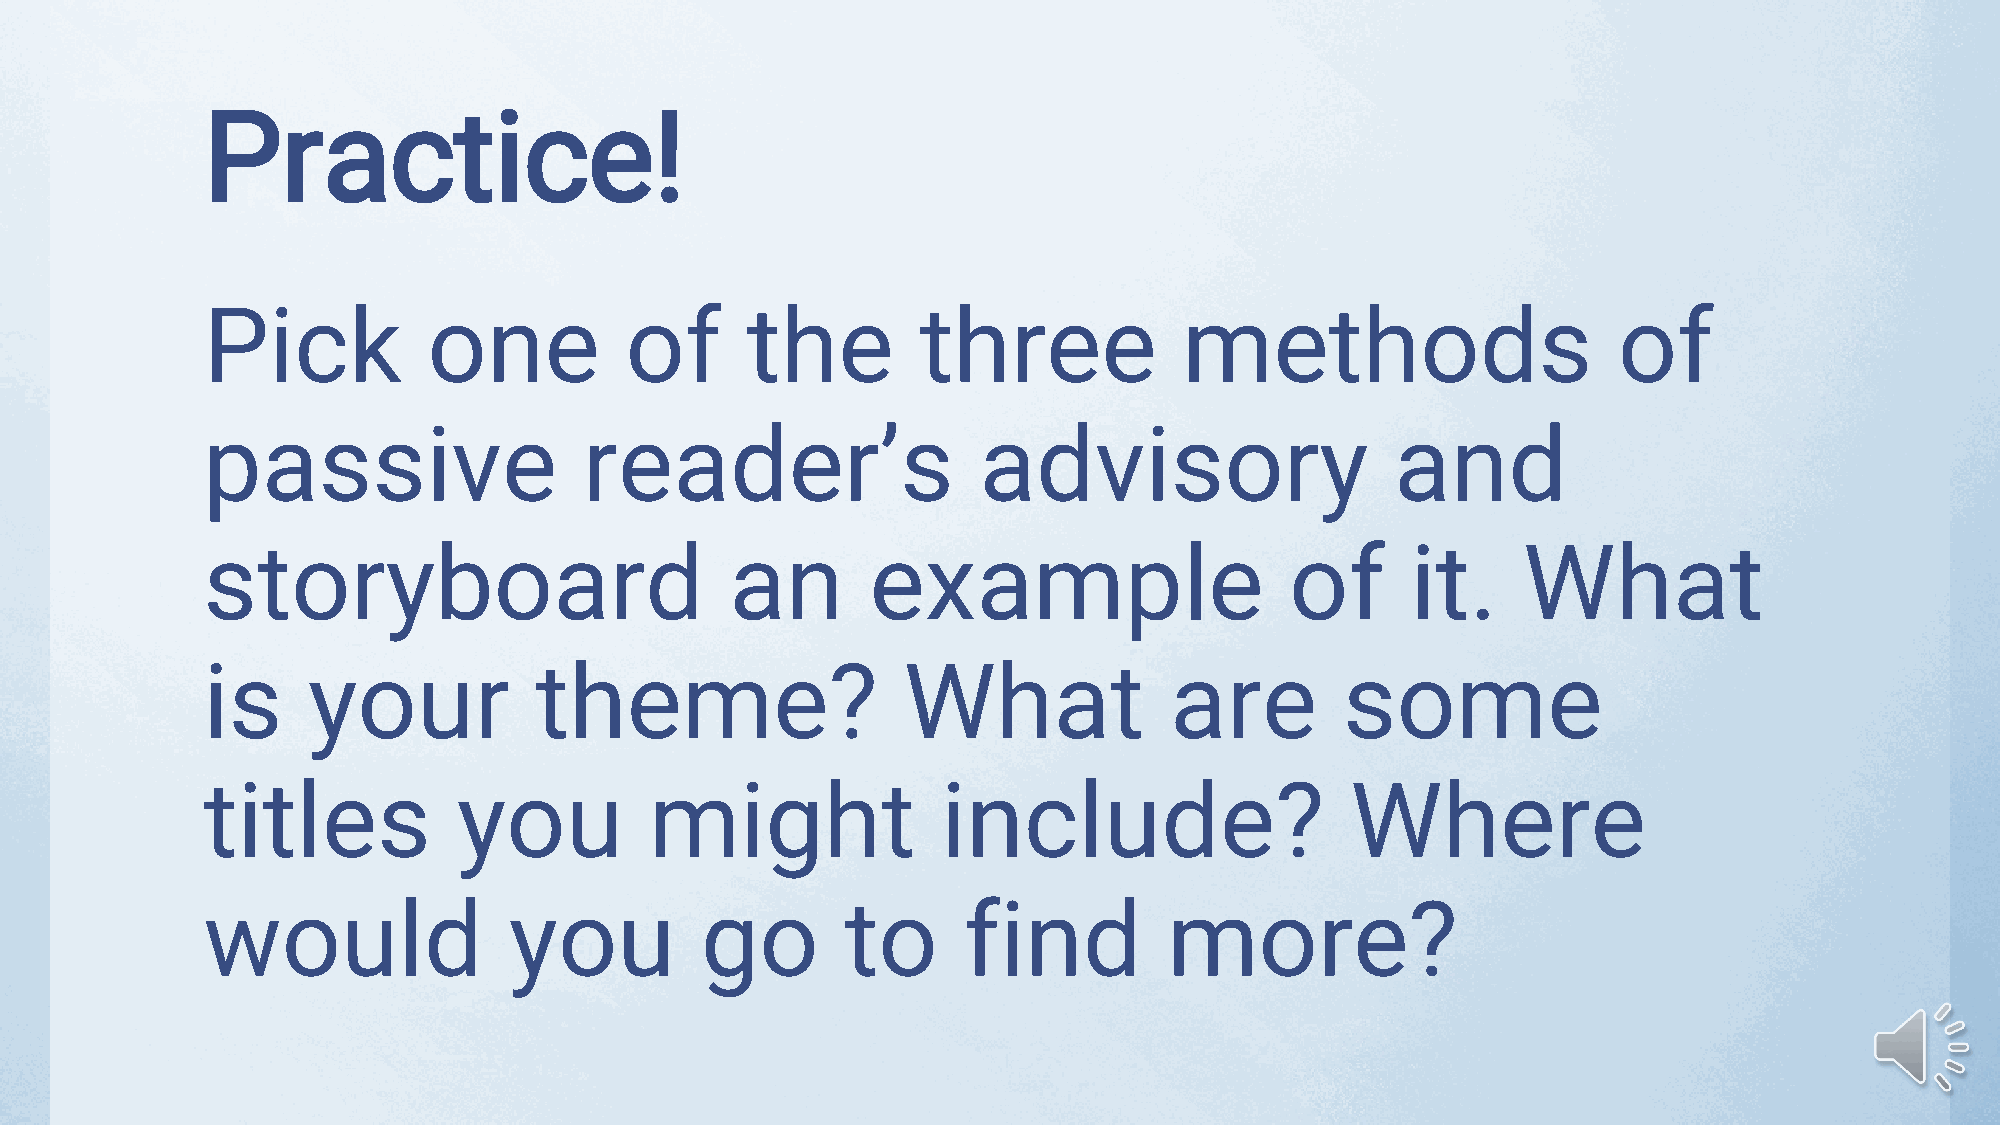
Practice!
 Pick           one          of      the         three            methods                      of
 passive                   reader’s                  advisory                   and
 storyboard                         an        example                    of      it.     What
 is     your           theme?                   What             are         some
 titles           you          might              include?                   Where
 would                you         go        to      find         more?